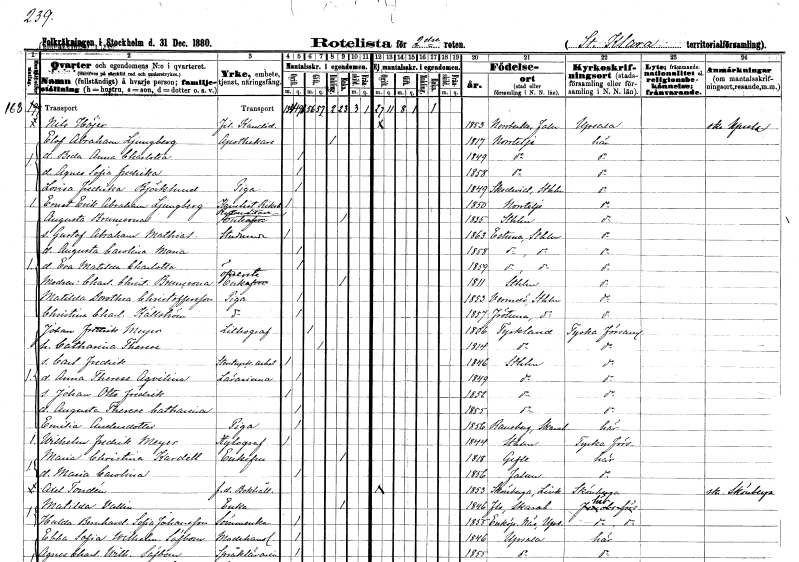
gt_parse: households: individuals: FN: Nils
EN: Höjer
YRKE: Fil. kand.
KON: M
CIV: O
FODAR: 1853
FODFORS: Norrbärke Kopparbergs län
FN: Elof Abraham
EN: Ljungberg
YRKE: Apotekare
KON: M
CIV: E
FODAR: 1817
FODFORS: Norrtälje Stockholms län
FN: Beda Anna Charlotta
KON: K
CIV: O
FODAR: 1849
FODFORS: Norrtälje Stockholms län
FN: Agnes Sofia Fredrika
KON: K
CIV: O
FODAR: 1858
FODFORS: Norrtälje Stockholms län
FN: Lovisa Fredrika
EN: Björklund
YRKE: Piga
KON: K
CIV: O
FODAR: 1849
FODFORS: Skederid Stockholms län
FN: Ernst Erik Abraham
EN: Ljungberg
YRKE: Riksbankskanslist
KON: M
CIV: O
FODAR: 1850
FODFORS: Norrtälje Stockholms län
FN: Augusta
EN: Bruncrona
YRKE: Ryttmästareänka
KON: K
CIV: E
FODAR: 1835
FODFORS: Stockholm
FN: Gustaf Abraham Mathias
YRKE: Studerande
KON: M
CIV: O
FODAR: 1863
FODFORS: Estuna Stockholms län
FN: Augusta Carolina Maria
KON: K
CIV: O
FODAR: 1858
FODFORS: Estuna Stockholms län
FN: Eva Matilda Charlotta
KON: K
CIV: O
FODAR: 1859
FODFORS: Estuna Stockholms län
FN: Charlotta Christina
EN: Bruncrona
YRKE: Översteänka
KON: K
CIV: E
FODAR: 1811
FODFORS: Stockholm
FN: Matilda Dorothea
EN: Christoffersson
YRKE: Piga
KON: K
CIV: O
FODAR: 1853
FODFORS: Värmdö Stockholms län
FN: Christina Charlotta
EN: Källström
YRKE: Piga
KON: K
CIV: O
FODAR: 1857
FODFORS: Frötuna Stockholms län
FN: Johan Fredrik
EN: Meyer
YRKE: Litograf
KON: M
CIV: G
FODAR: 1806
FN: Catharina Therese
KON: K
CIV: G
FODAR: 1814
FN: Carl Fredrik
YRKE: Stentryckeriarbetare
KON: M
CIV: O
FODAR: 1846
FODFORS: Stockholm
FN: Anna Therese Aqvilina
YRKE: Lärarinna
KON: K
CIV: O
FODAR: 1849
FODFORS: Stockholm
FN: Johan Otto Fredrik
KON: M
CIV: O
FODAR: 1852
FODFORS: Stockholm
FN: Augusta Therese Catharina
KON: K
CIV: O
FODAR: 1855
FODFORS: Stockholm
FN: Emilia
EN: Andersdotter
YRKE: Piga
KON: K
CIV: O
FODAR: 1856
FODFORS: Ransberg Skaraborgs län
FN: Wilhelm Fredrik
EN: Meyer
YRKE: Xylograf
KON: M
CIV: O
FODAR: 1844
FODFORS: Stockholm
FN: Maria Christina
EN: Kardell
KON: K
CIV: E
FODAR: 1818
FODFORS: Gävle Gävleborgs län
FN: Maria Carolina
KON: K
CIV: O
FODAR: 1856
FODFORS: Falun Kopparbergs län
FN: Axel
EN: Tordén
YRKE: Bokhållare f.d.
KON: M
CIV: O
FODAR: 1853
FODFORS: Skönberga Östergötlands län
FN: Matilda
EN: Vallin
YRKE: Änka
KON: K
CIV: E
FODAR: 1846
FODFORS: Flo Skaraborgs län
FN: Hulda Bernhardina Sofia
EN: Johansson
YRKE: Sömmerska
KON: K
CIV: O
FODAR: 1855
FODFORS: Enköpings-Näs Uppsala län